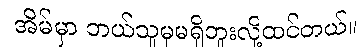
အိမ်မှာ ဘယ်သူမှမရှိဘူးလို့ထင်တယ်။